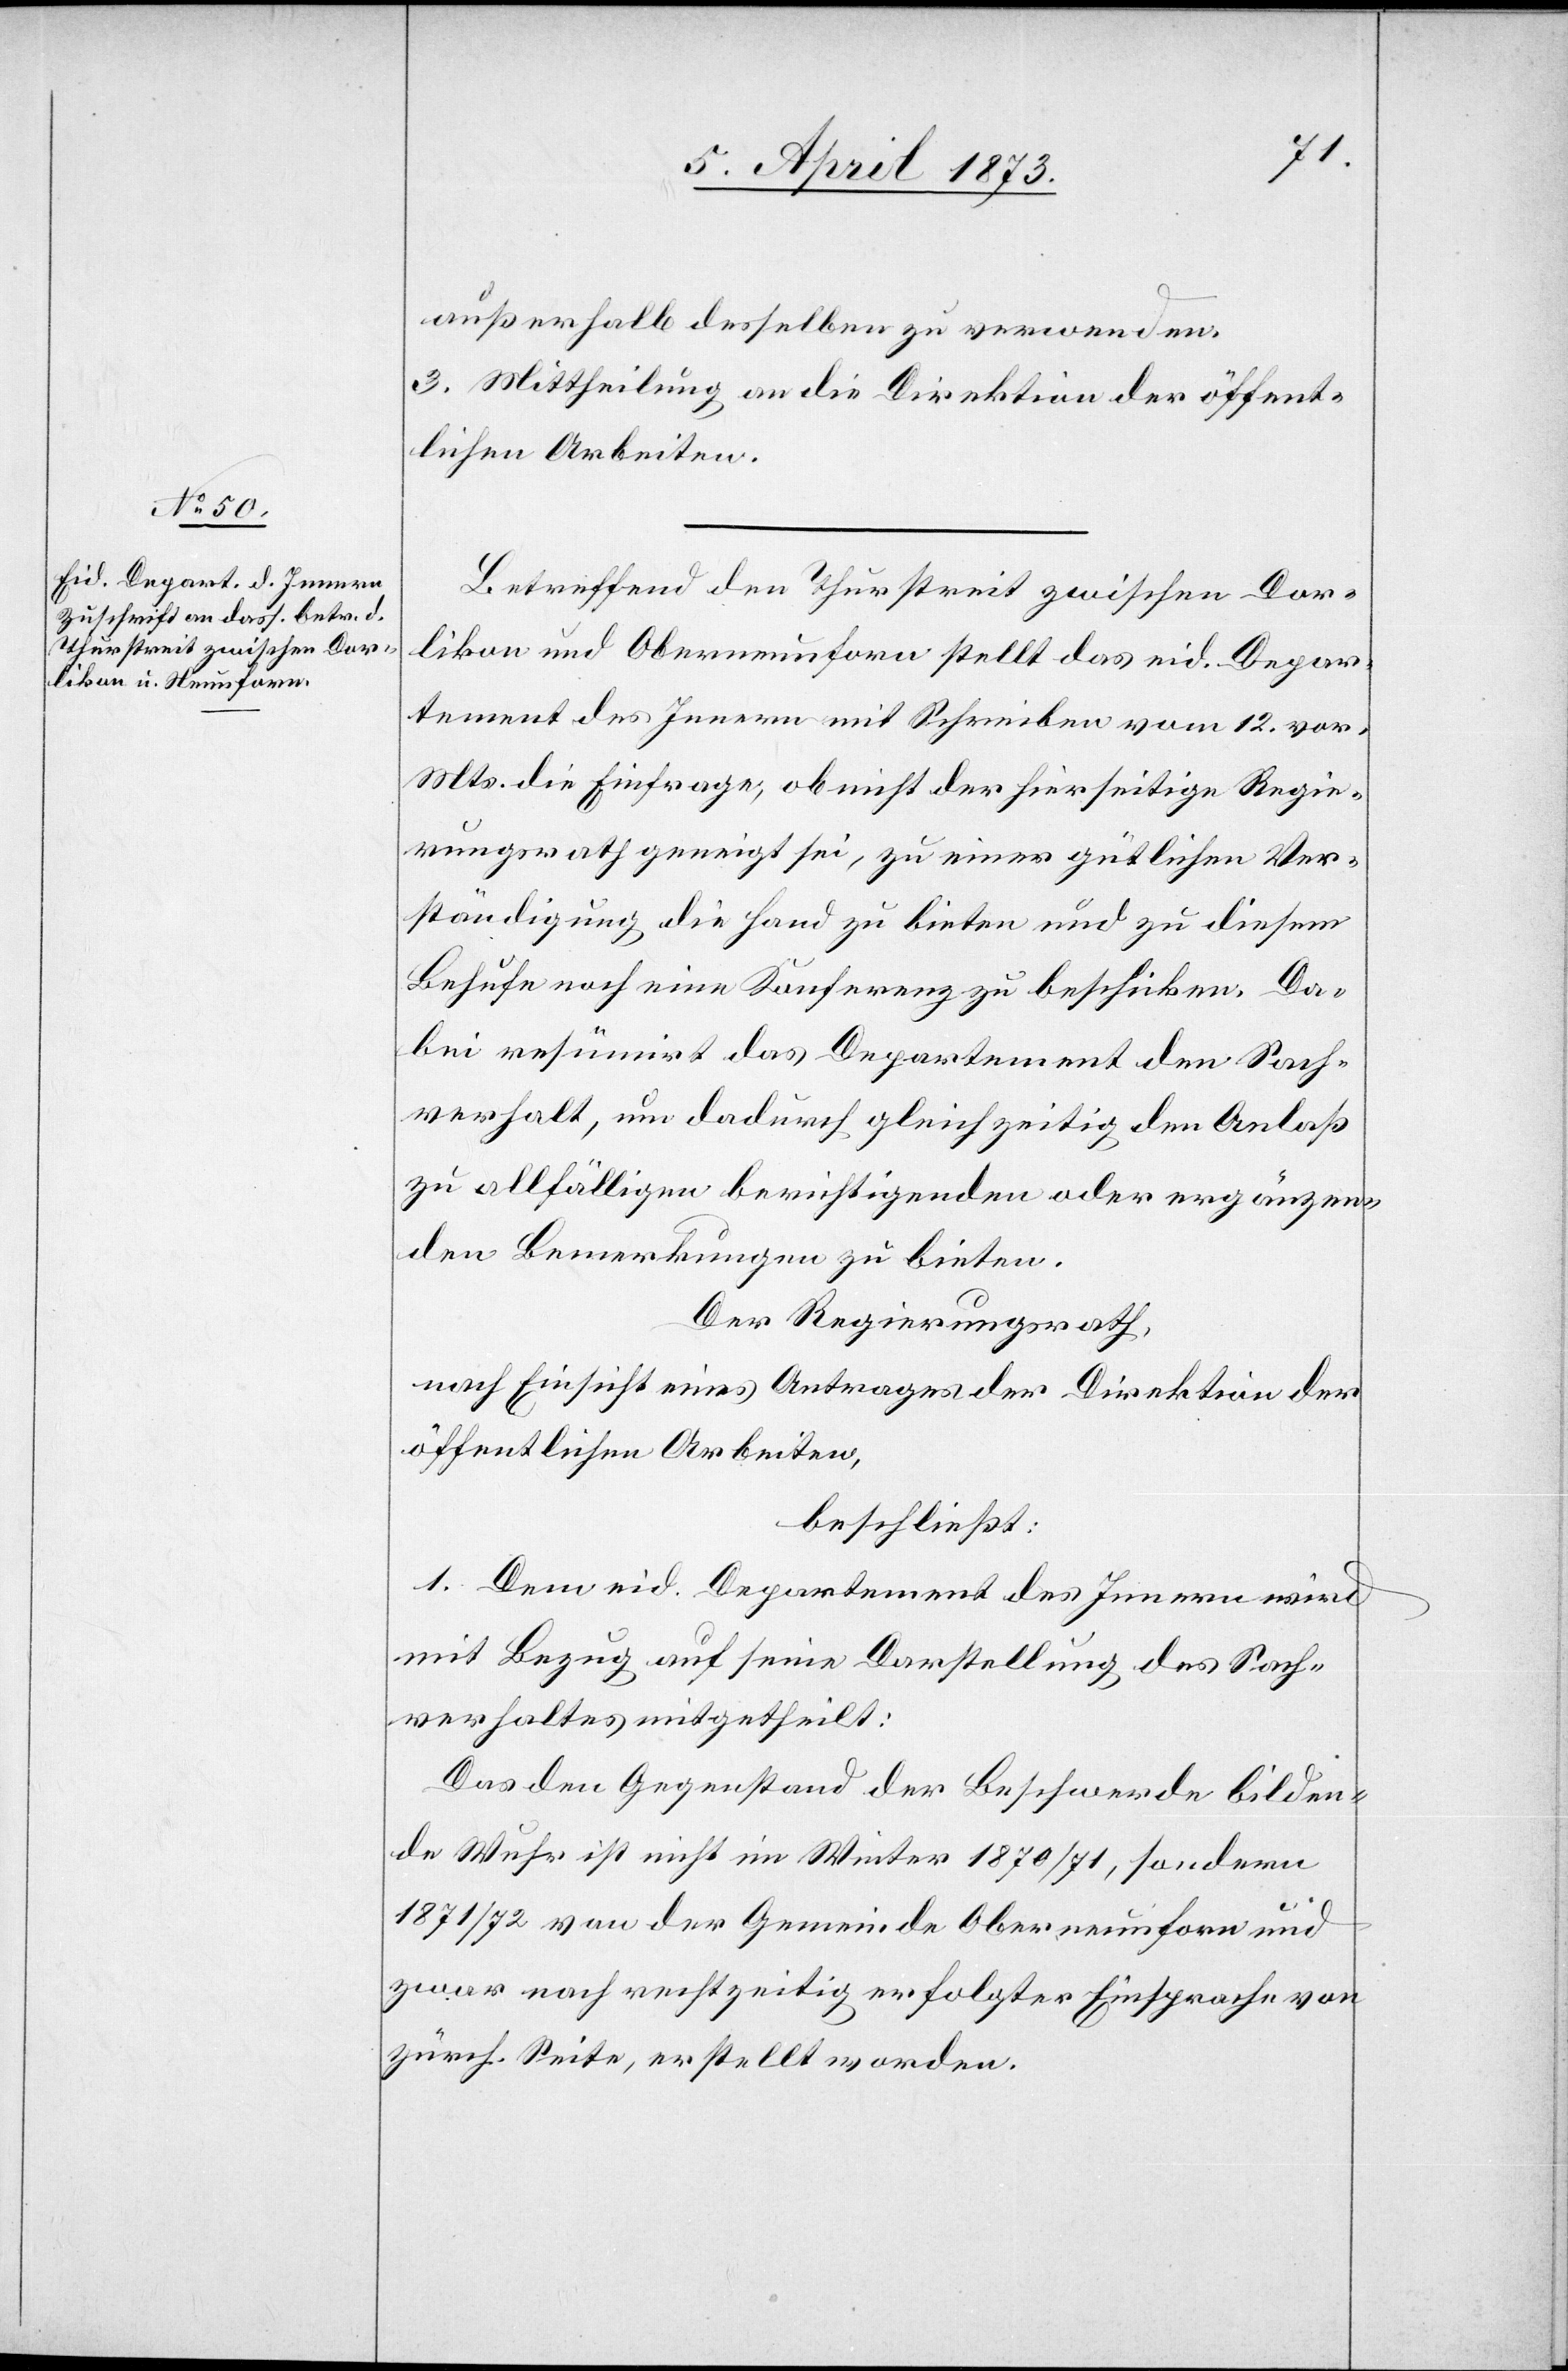
außerhalb desselben zu verwenden.
3. Mittheilung an die Direktion der öffent¬
lichen Arbeiten.
Betreffend den Thurstreit zwischen Dor¬
likon und Oberneunforn stellt das eid. Depar¬
tement des Innern mit Schreiben vom 12. vor.
Mts. die Einfrage, ob nicht der hierseitige Regie¬
rungsrath geneigt sei, zu einer gütlichen Ver¬
ständigung die Hand zu bieten und zu diesem
Behufe noch eine Konferenz zu beschicken. Da¬
bei resümirt das Departement den Sach¬
verhalt, um dadurch gleichzeitig den Anlaß
zu allfälligen berichtigenden oder ergänzen¬
den Bemerkungen zu bieten.
Der Regierungsrath,
nach Einsicht eines Antrages der Direktion der
öffentlichen Arbeiten,
beschließt:
1. Dem eid. Departement des Innern wird
mit Bezug auf seine Darstellung des Sach¬
verhaltes mitgetheilt:
Das den Gegenstand der Beschwerde bilden¬
de Wuhr ist nicht im Winter 1870/71, sondern
1871/72 von der Gemeinde Oberneunforn und
zwar nach rechtzeitig erfolgter Einsprache von
zürch. Seite, erstellt worden.